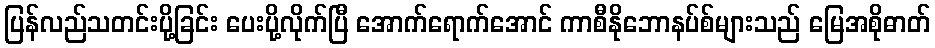
ပြန်လည်သတင်းပို့ခြင်း ပေးပို့လိုက်ပြီ အောက်ရောက်အောင် ကာစီနိုဘောနပ်စ်များသည် မြေအစိုဓာတ်